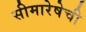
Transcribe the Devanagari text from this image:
सीमारेषेची